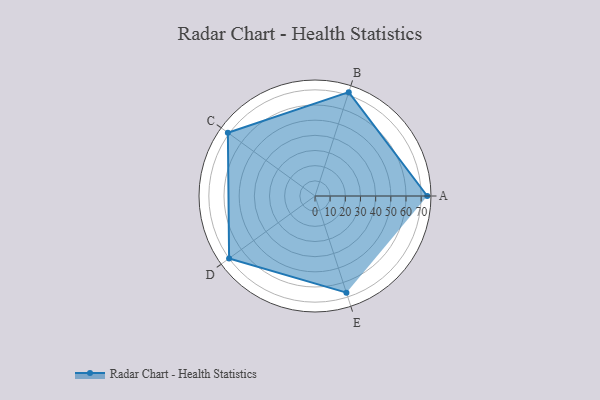
{"axis": {"x": "Skill", "y": "Score"}, "legend": ["Profile"], "data": [{"x": "A", "y": 74.0, "type": "Profile"}, {"x": "B", "y": 72.0, "type": "Profile"}, {"x": "C", "y": 71.0, "type": "Profile"}, {"x": "D", "y": 70.0, "type": "Profile"}, {"x": "E", "y": 67.0, "type": "Profile"}]}